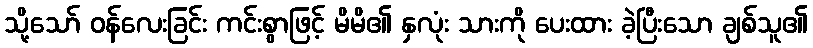
သို့သော် ဝန်လေးခြင်း ကင်းစွာဖြင့် မိမိ၏ နှလုံး သားကို ပေးထား ခဲ့ပြီးသော ချစ်သူ၏